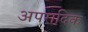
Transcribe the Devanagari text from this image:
अपरादिक